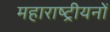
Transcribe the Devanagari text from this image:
महाराष्ट्रीयनों